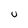
Character: u